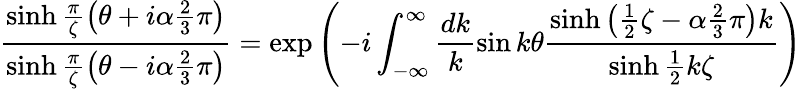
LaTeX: \frac{\sinh\frac{\pi}{\zeta}\left(\theta+i\alpha\frac{2}{3}\pi\right)}{\sinh\frac{\pi}{\zeta}\left(\theta-i\alpha\frac{2}{3}\pi\right)}=\exp\left(-i\int_{-\infty}^{\infty}\frac{dk}{k}\sin k\theta\frac{\sinh\left(\frac{1}{2}\zeta-\alpha\frac{2}{3}\pi\right)k}{\sinh\frac{1}{2}k\zeta}\right)